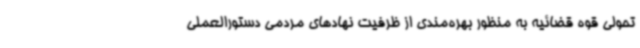
تحولی قوه قضائیه به منظور بهره‌مندی از ظرفیت نهادهای مردمی دستورالعملی